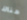
هناك